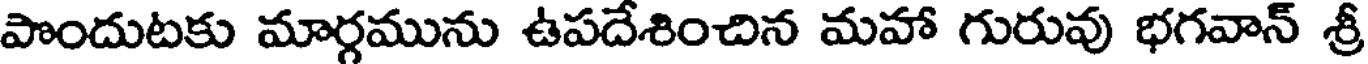
పొందుటకు మార్గమును ఉపదేశించిన మహా గురువు భగవాన్ శ్రీ